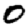
Digit: 0